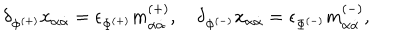
\delta _ { \Phi ^ { ( + ) } } x _ { \alpha \dot { \alpha } } = \epsilon _ { \Phi ^ { ( + ) } } m _ { \alpha \dot { \alpha } } ^ { ( + ) } , \quad \delta _ { \Phi ^ { ( - ) } } x _ { \alpha \dot { \alpha } } = \epsilon _ { \Phi ^ { ( - ) } } m _ { \alpha \dot { \alpha } } ^ { ( - ) } ,